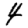
Digit: 4